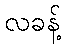
လခန့်